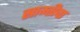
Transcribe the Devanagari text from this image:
साम्तीचा